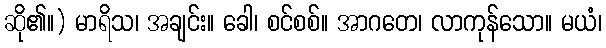
ဆို၏။) မာရိသ၊ အချင်း။ ခေါ၊ စင်စစ်။ အာဂတေ၊ လာကုန်သော။ မယံ၊